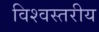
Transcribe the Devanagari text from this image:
विश्‍वस्तरीय